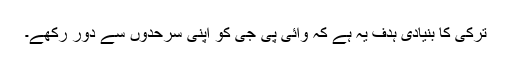
ترکی کا بنیادی ہدف یہ ہے کہ وائی پی جی کو اپنی سرحدوں سے دور رکھے۔